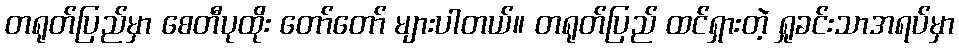
တရုတ်ပြည်မှာ စေတီပုထိုး တော်တော် များပါတယ်။ တရုတ်ပြည် ထင်ရှားတဲ့ ရှုခင်းသာအရပ်မှာ